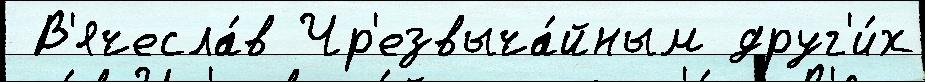
 В'ячесла́в Чр'езвыча́йным друг'и́х